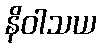
နိဝါသယ